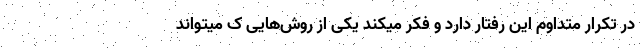
در تکرار متداوم این رفتار دارد و فکر میکند یکی از روش‌هایی ک میتواند